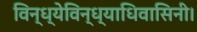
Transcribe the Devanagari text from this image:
विन्ध्येविन्ध्याधिवासिनी।